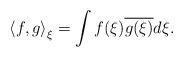
LaTeX: \begin{align*}\left<f,g\right>_\xi=\int f(\xi)\overline{g(\xi)}d\xi.\end{align*}